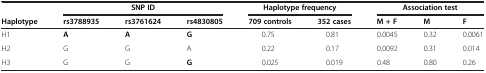
<table><thead><tr><td><b> </b></td><td colspan="3"><b>SNP ID</b></td><td colspan="2"><b>Haplotype frequency</b></td><td colspan="3"><b>Association test</b></td></tr><tr><td><b>Haplotype</b></td><td><b>rs3788935</b></td><td><b>rs3761624</b></td><td><b>rs4830805</b></td><td><b>709 controls</b></td><td><b>352 cases</b></td><td><b>M + F</b></td><td><b>M</b></td><td><b>F</b></td></tr></thead><tbody><tr><td>H1</td><td><b>A</b></td><td><b>A</b></td><td><b>G</b></td><td>0.75</td><td>0.81</td><td>0.0045</td><td>0.32</td><td>0.0061</td></tr><tr><td>H2</td><td>G</td><td>G</td><td>A</td><td>0.22</td><td>0.17</td><td>0.0092</td><td>0.31</td><td>0.014</td></tr><tr><td>H3</td><td>G</td><td>G</td><td><b>G</b></td><td>0.025</td><td>0.019</td><td>0.48</td><td>0.80</td><td>0.26</td></tr></tbody></table>